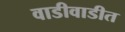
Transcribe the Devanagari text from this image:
वाडीवाडीत